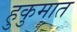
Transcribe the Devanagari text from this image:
हुकुमात